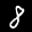
Label: 8